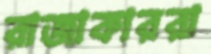
রাজাকাররা